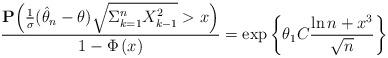
LaTeX: \begin{align*}\frac{\mathbf{P}\Big( \frac{1}{\sigma}(\hat{\theta}_n -\theta )\sqrt{ \Sigma_{k=1}^n X_{k-1}^2} > x \Big)}{1-\Phi \left( x\right)}=\exp\bigg\{ \theta_1 C \frac{ \ln n +x^{3}}{ \sqrt{n} } \bigg \}\end{align*}